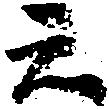
云